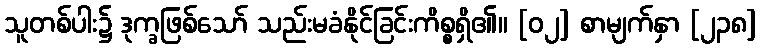
သူတစ်ပါး၌ ဒုက္ခဖြစ်သော် သည်းမခံနိုင်ခြင်းကိစ္စရှိ၏။ [၀၂] စာမျက်နှာ [၂၃၈]